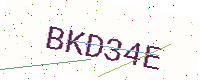
Text: BKD34E